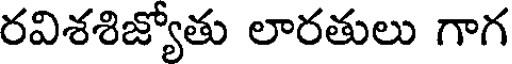
రవిశశిజ్యోతు లారతులు గాగ